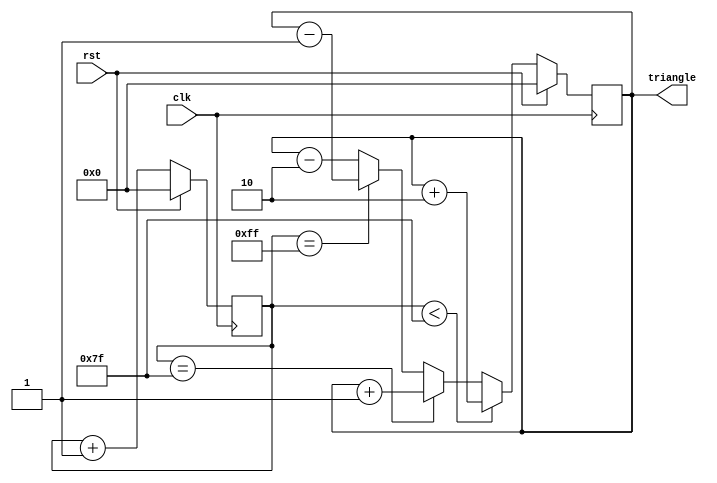
`timescale 1ns/1ns

module triangle_wave(input clk, rst, output reg [7:0] triangle);

  reg [7:0] count = 8'd0;

  always @(posedge clk)
  begin
    if (rst)
    begin
      triangle <= 8'b0;
      count <= 1'b0;
    end
    else
    begin
      count <= count + 1'b1;
      if (count < 8'd127)
        triangle <= triangle + 2'd2;
      else if(count == 8'd 127)
        triangle <= triangle + 2'd1;
      else if(count == 8'd255)
        triangle <= triangle - 2'd1;
      else
        triangle <= triangle - 2'd2;
    end
  end

endmodule